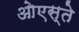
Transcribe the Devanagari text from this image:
ओएस्ते